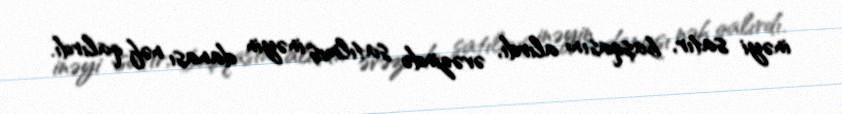
inəyi satır, başqasını alırdı, əvəzində satılmış inəyin danası nəf qalırdı.